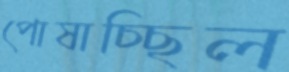
পোষাচ্ছিল